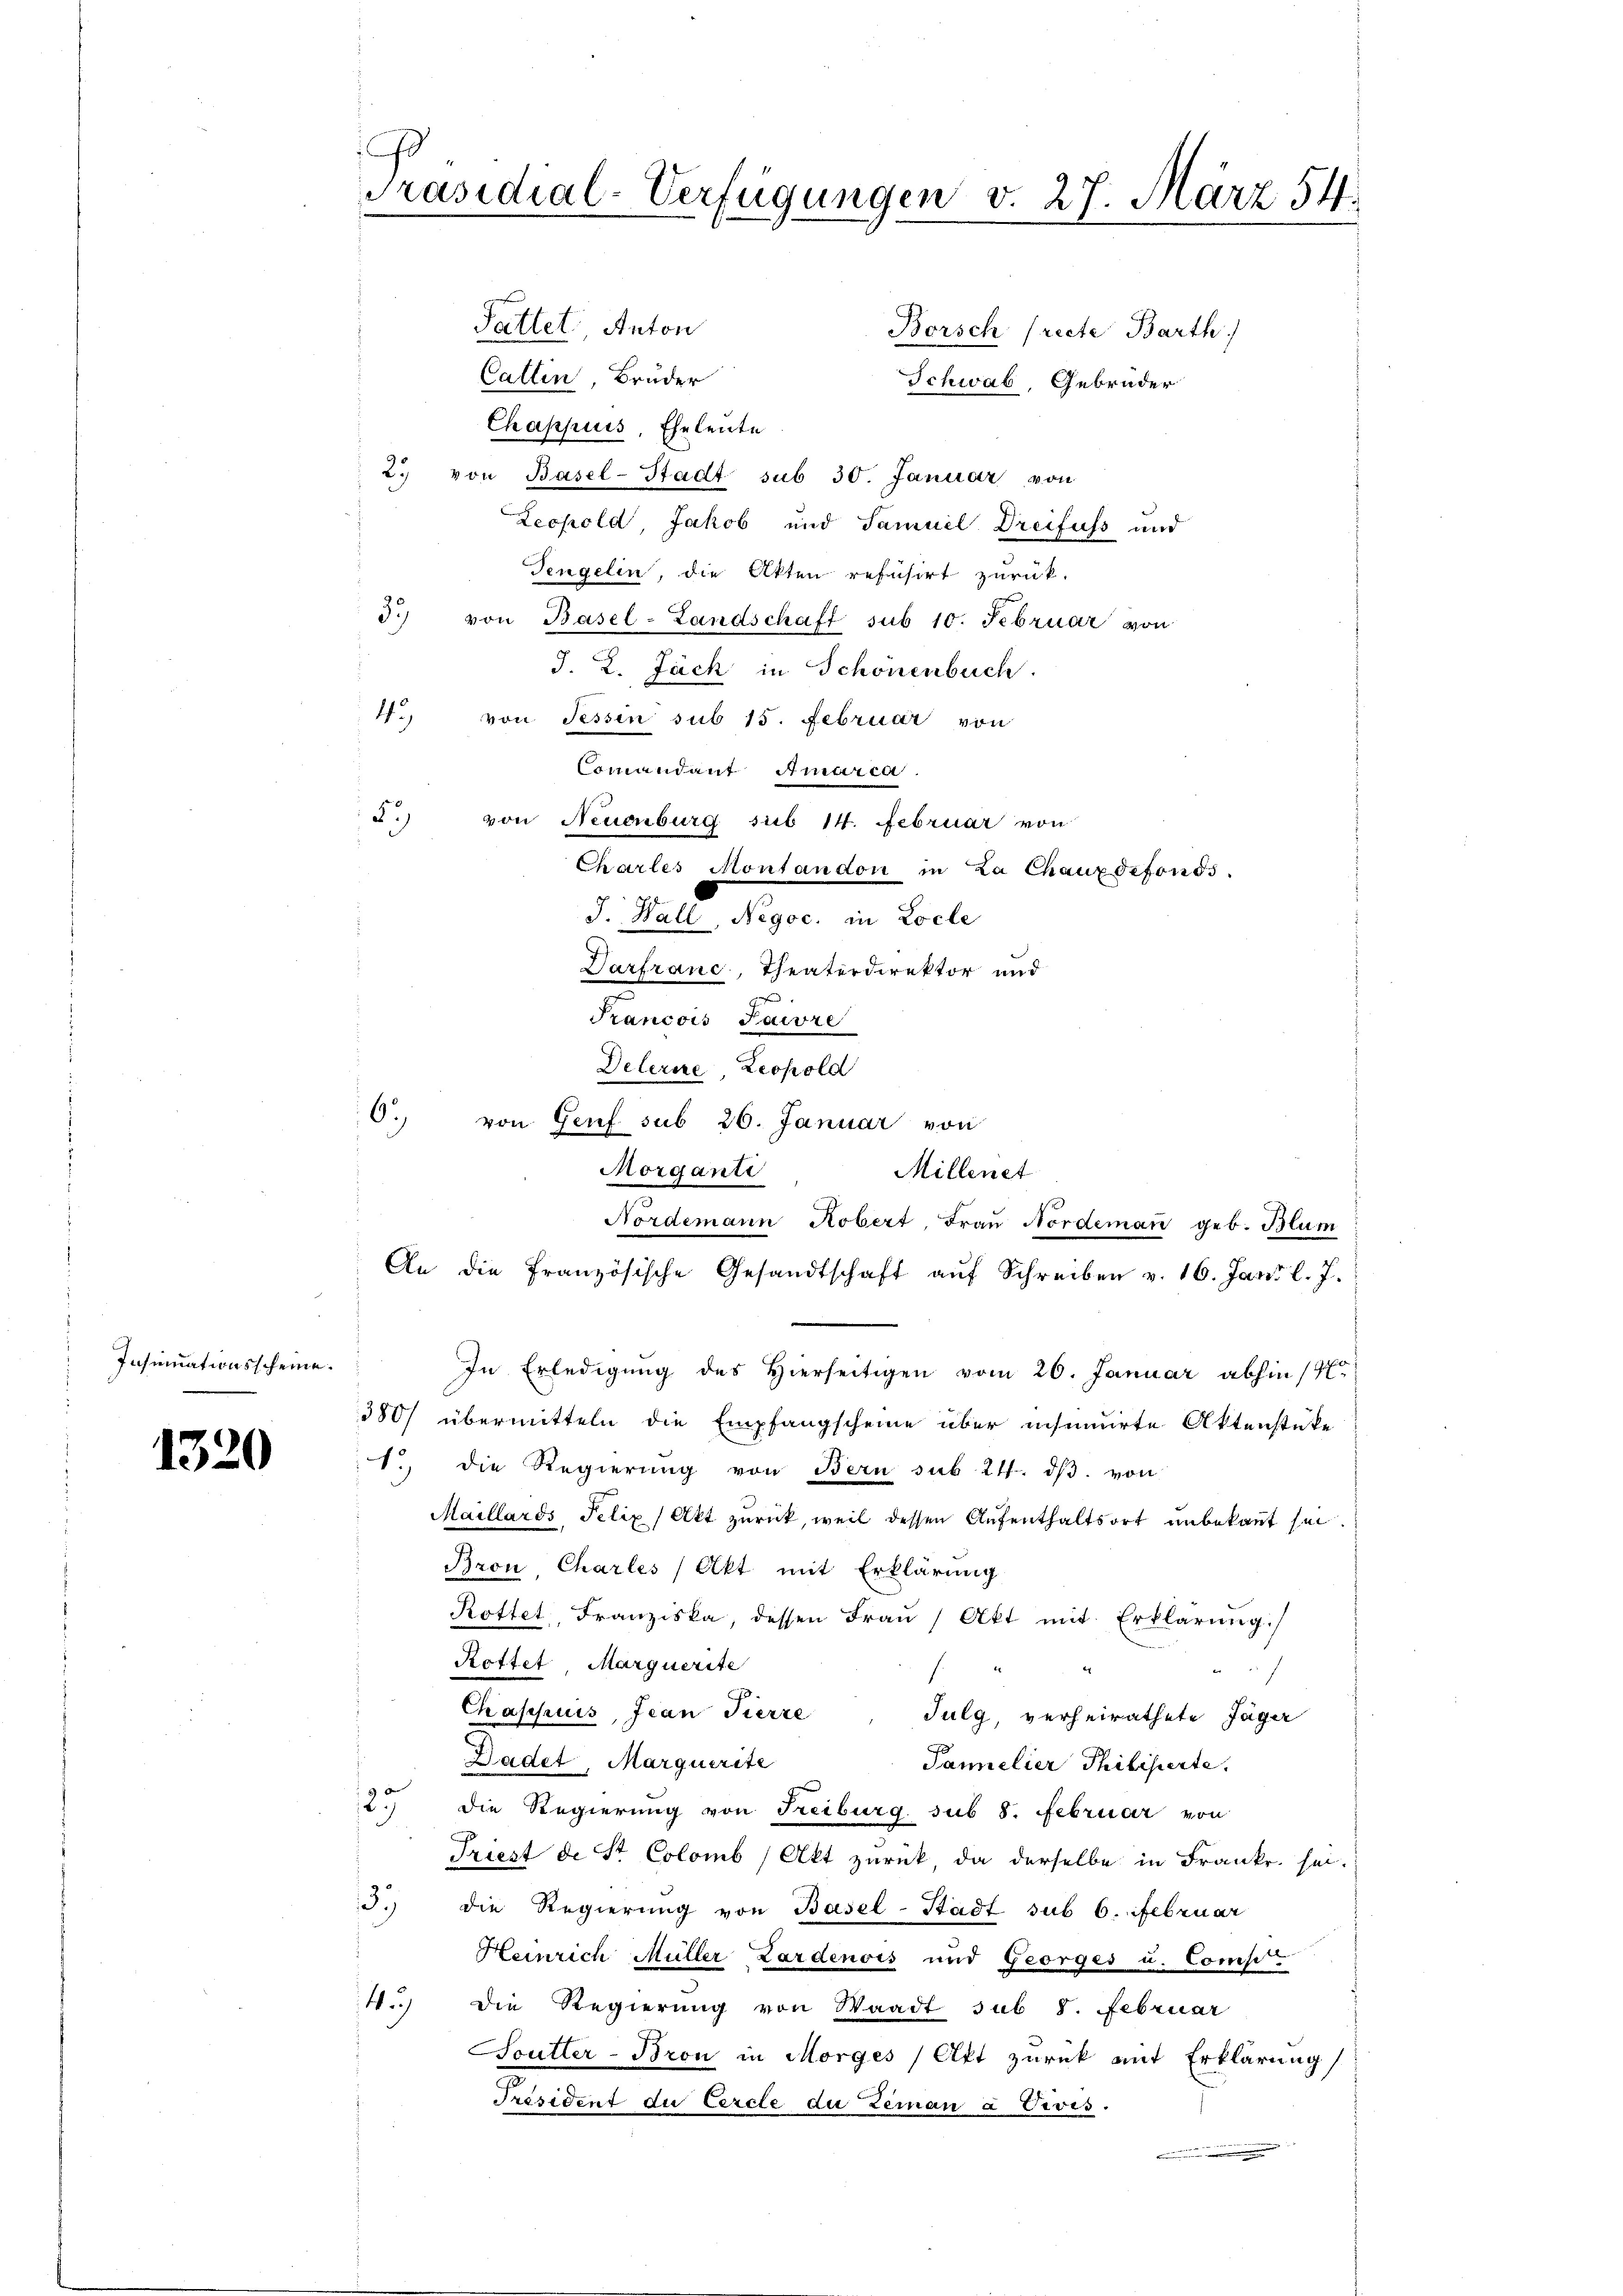
Insinuationsscheine.

1320

Sattet, Anton
Callin, Bruder
Schwab, Gebrüder
Chappuis, Eheleute
2. von Basel-Stadt sub 30. Januar von
Leopold, Jakob und Samuel Dreifuss und
Tengelin, die Akten refusirt zurück.
3.) von Basel-Landschaft sub 10. Februar von
J. 2. Jäck in Schönenbuch.
4. von Tessin sub 15. Februar von
Comandant Amarca
F.) von Neuenburg sub 14. Februar von
Charles Montandon in Za Chauxdefonds.
J. Hall, Negoc. in Locle
d
Varfranc, Theaterdirektor und
Francois Paivre
Detlerie Leopold
63
Millenet
Nordemann Robert, Frau Nordeman geb. Blum
In Erledigung des Hierseitigen vom 20. Januar abhin 14
380/ übermitteln die Empfangscheine über insinuirte Aktenstüke
1. die Regierŭng von Bern sub. 24. dβ. von
Maillards, Felix / Akt zurück, weil dessen Aufenthaltsort unbekannt sei
Bron Charles (Akt mit Erklärung
Rottet, Franziska, dessen Frau (Akt mit Erklärung
Rottet Marquerite
e
.
s
Chaspuis, Jean Fierze Julg, verheirathete Jäger
Dadet, Marquerite
Pannelier Philisierte.
5
2
die Regierung von Freiburg sub 8. Februar von
Triest de St. Colomb, Akt zurück, da derselbe in Franke sei.
3.) die Regierung von Basel-Stadt sub 6. Februar
Heinrich Müller Zardenois und Georges u. Comp
4.) Die Regierung von Waadt sub 8. Februar
Soutter-Bron in Morges (Akt zurück mit Erklärung
Präsident du Cercle du Zeman à Vivis.
.

Präsidial-Verfügungen v. 27. März 54.

von Genf sub 26. Januar von
Morganti
An die französische Gesandtschaft aŭf Schreiben v. 16. Jani l. J.

Borsch (recte Barth